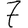
Digit: 7